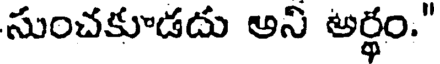
సుంచకూడదు అని అర్థం."